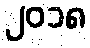
၂၀၁၈